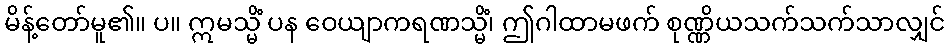
မိန့်တော်မူ၏။ ပ။ ဣမသ္မိံ ပန ဝေယျာကရဏသ္မိံ၊ ဤဂါထာမဖက် စုဏ္ဏိယသက်သက်သာလျှင်